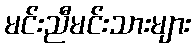
မင်းညီမင်းသားများ